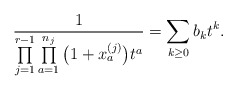
\begin{gather*} \frac{1}{\prod\limits_{j=1}^{r-1} \prod\limits_{a=1}^{n_{j}}\big(1+x_{a}^{(j)}\big) t^{a}} =\sum_{k \ge 0} b_{k} t^{k}.\end{gather*}